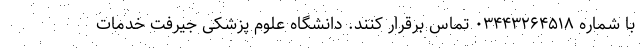
با شماره ۰۳۴۴۳۲۶۴۵۱۸ تماس برقرار کنند. دانشگاه علوم پزشکی جیرفت خدمات